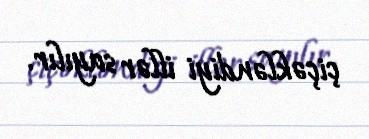
çiçəkləndiyi illər sayılır.